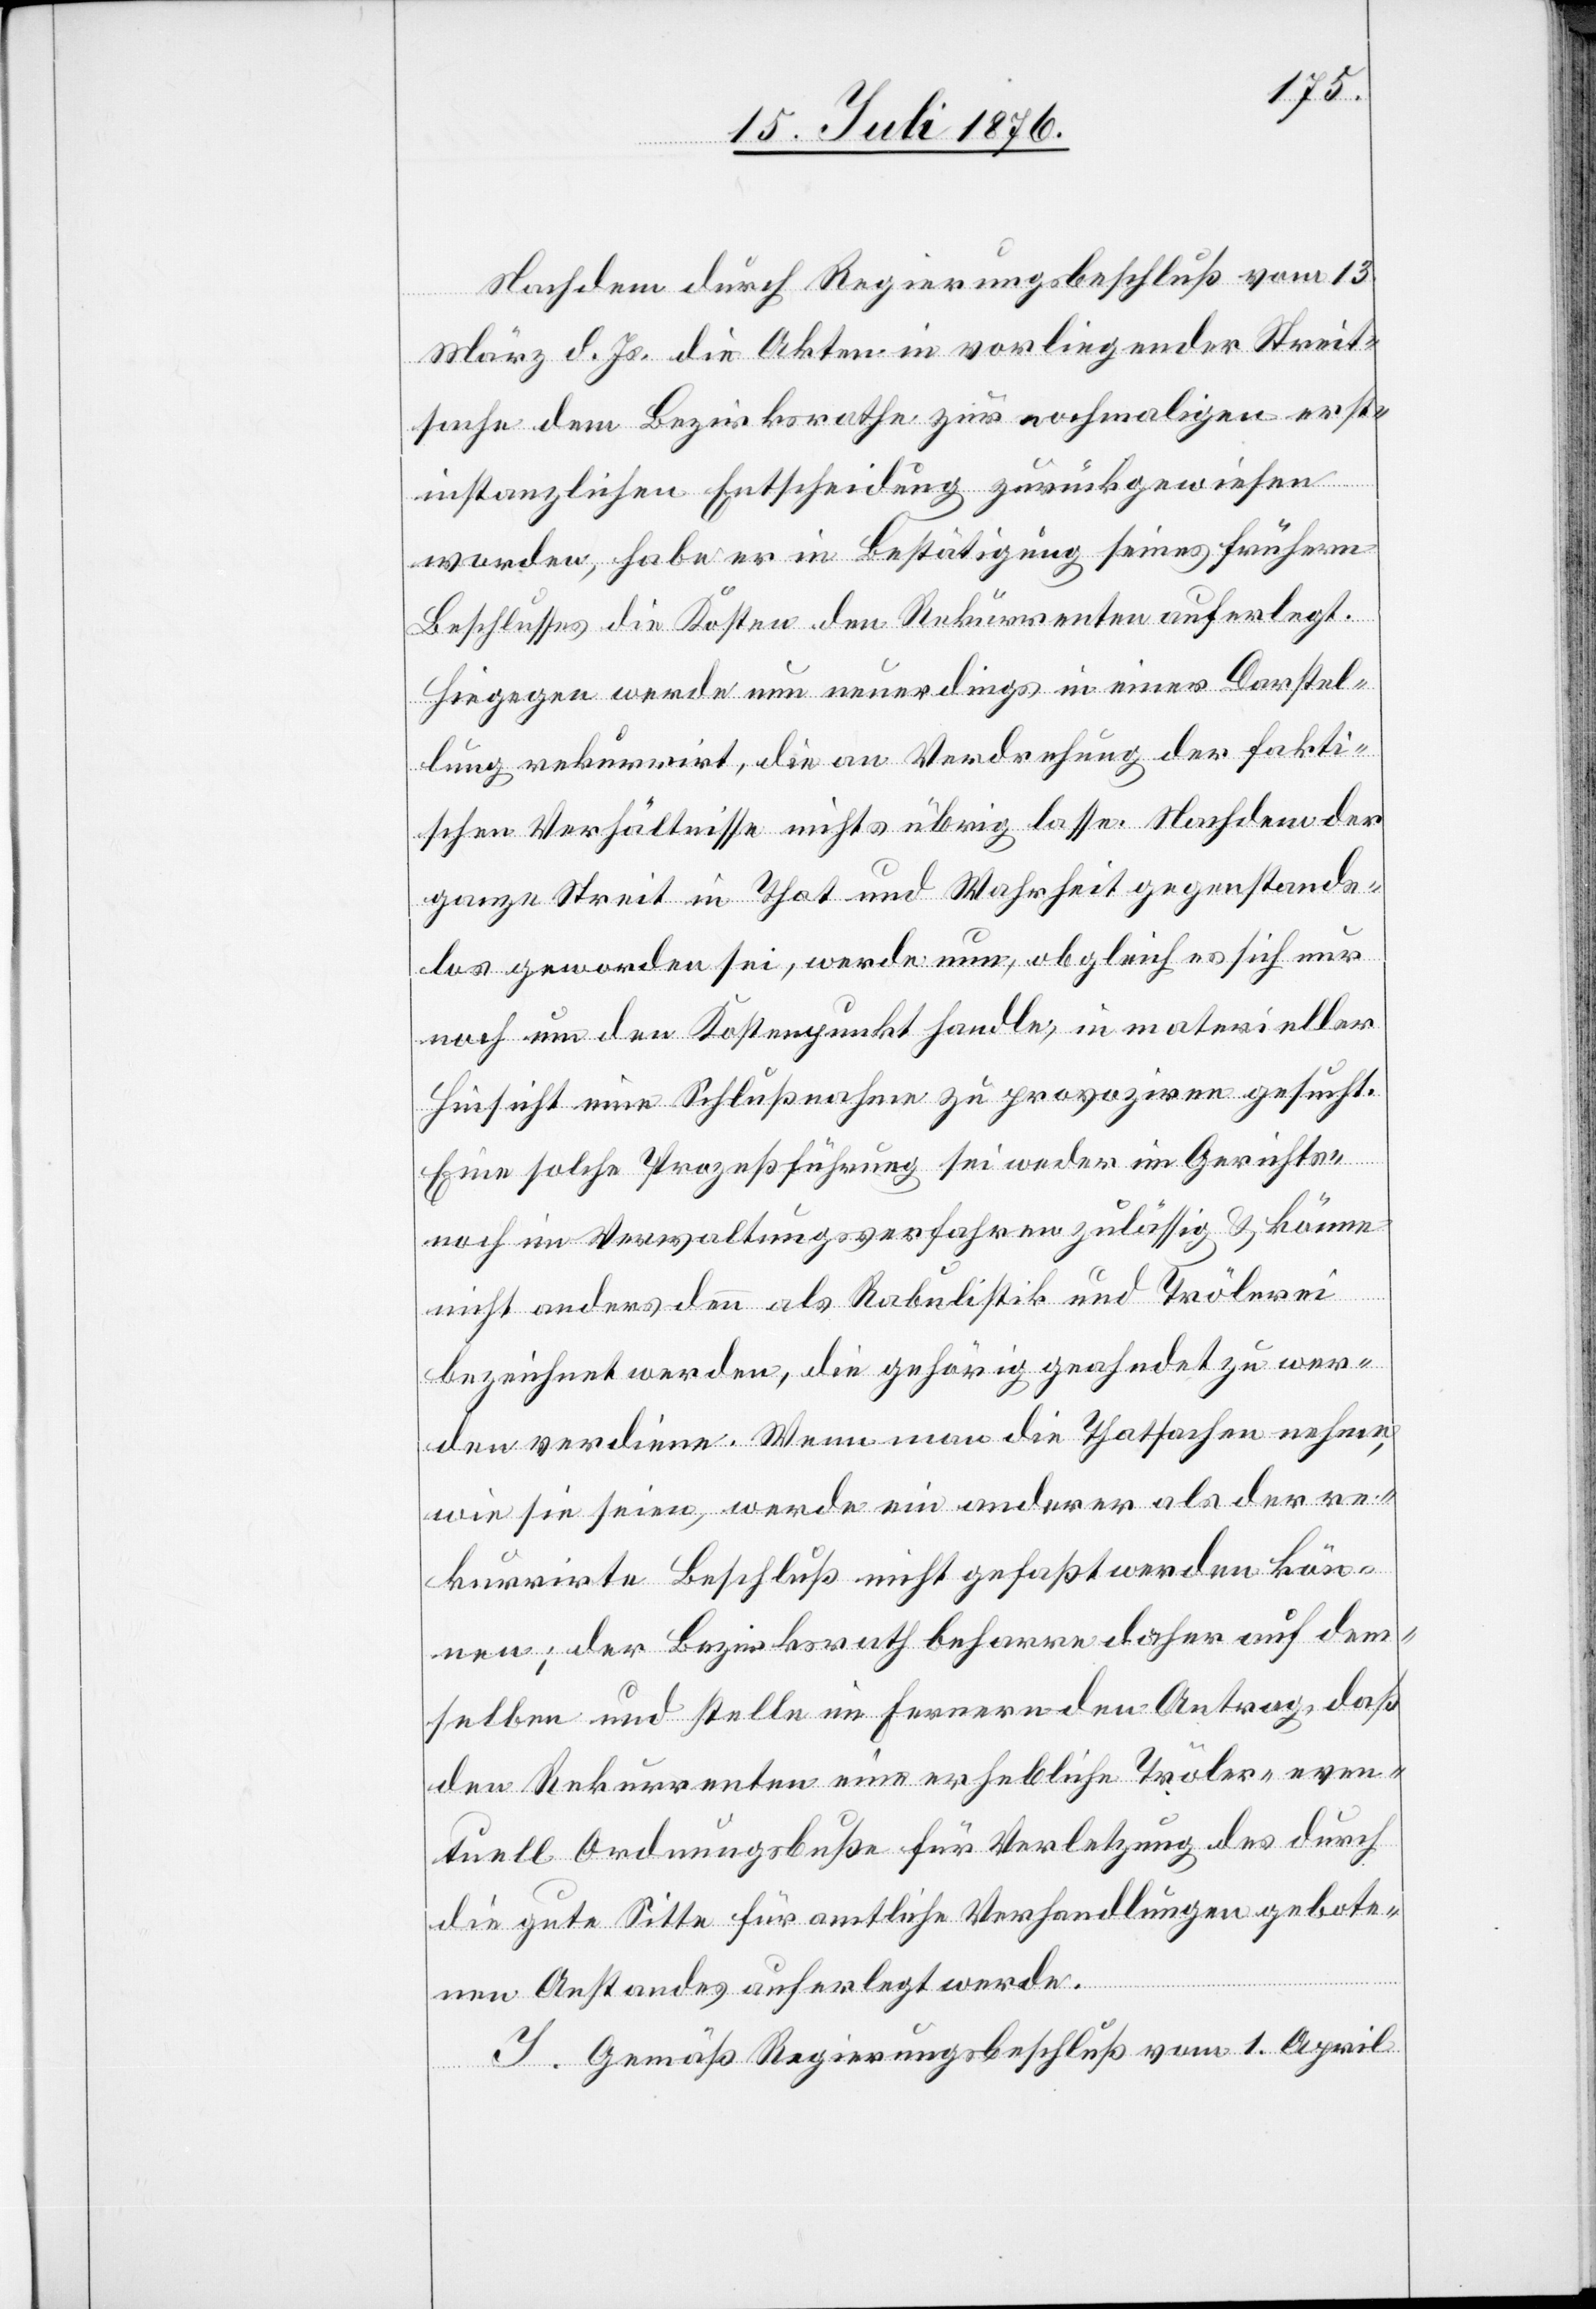
Nachdem durch Regierungsbeschluß vom 13.
März d. Js. die Akten in vorliegender Streit¬
sache dem Bezirksrathe zur nochmaligen erst¬
instanzlichen Entscheidung zurückgewiesen
worden, habe er in Bestätigung seines frühern
Beschlusses die Kosten den Rekurrenten auferlegt.
Hiegegen werde nun neuerdings in einer Darstel¬
lung rekurrirt, die an Verdrehung der fakti¬
schen Verhältnisse nichts übrig lasse. Nachdem der
ganze Streit in That und Wahrheit gegenstands¬
los geworden sei, werden nun, obgleich es sich nur
noch um den Kostenpunkt handle, in materieller
Hinsicht eine Schlußnahme zu provoziren gesucht.
Eine solche Prozeßführung sei weder im Gerichts-
noch im Verwaltungsverfahren zulässig & könne
nicht anders denn als Rabulistik und Trölerei
bezeichnet werden, die gehörig geahndet zu wer¬
den verdiene. Wenn man die Thatsachen nehme,
wie sie seien, werde ein anderer als der re¬
kurrirte Beschluß nicht gefaßt werden kön¬
nen; der Bezirksrath beharre daher auf dem¬
selben und stelle im Fernern den Antrag, daß
den Rekurrenten eine erhebliche Tröler- even¬
tuell Ordnungsbuße für Verletzung des durch
die gute Sitte für amtliche Verhandlungen gebote¬
nen Anstandes auferlegt werde.
I. Gemäß Regierungsbeschluß vom 1. April